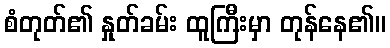
စံတုတ်၏ နှုတ်ခမ်း ထူကြီးမှာ တုန်နေ၏။